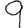
Digit: 9